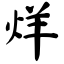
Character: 烊